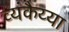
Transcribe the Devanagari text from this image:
व्यंकैय्या